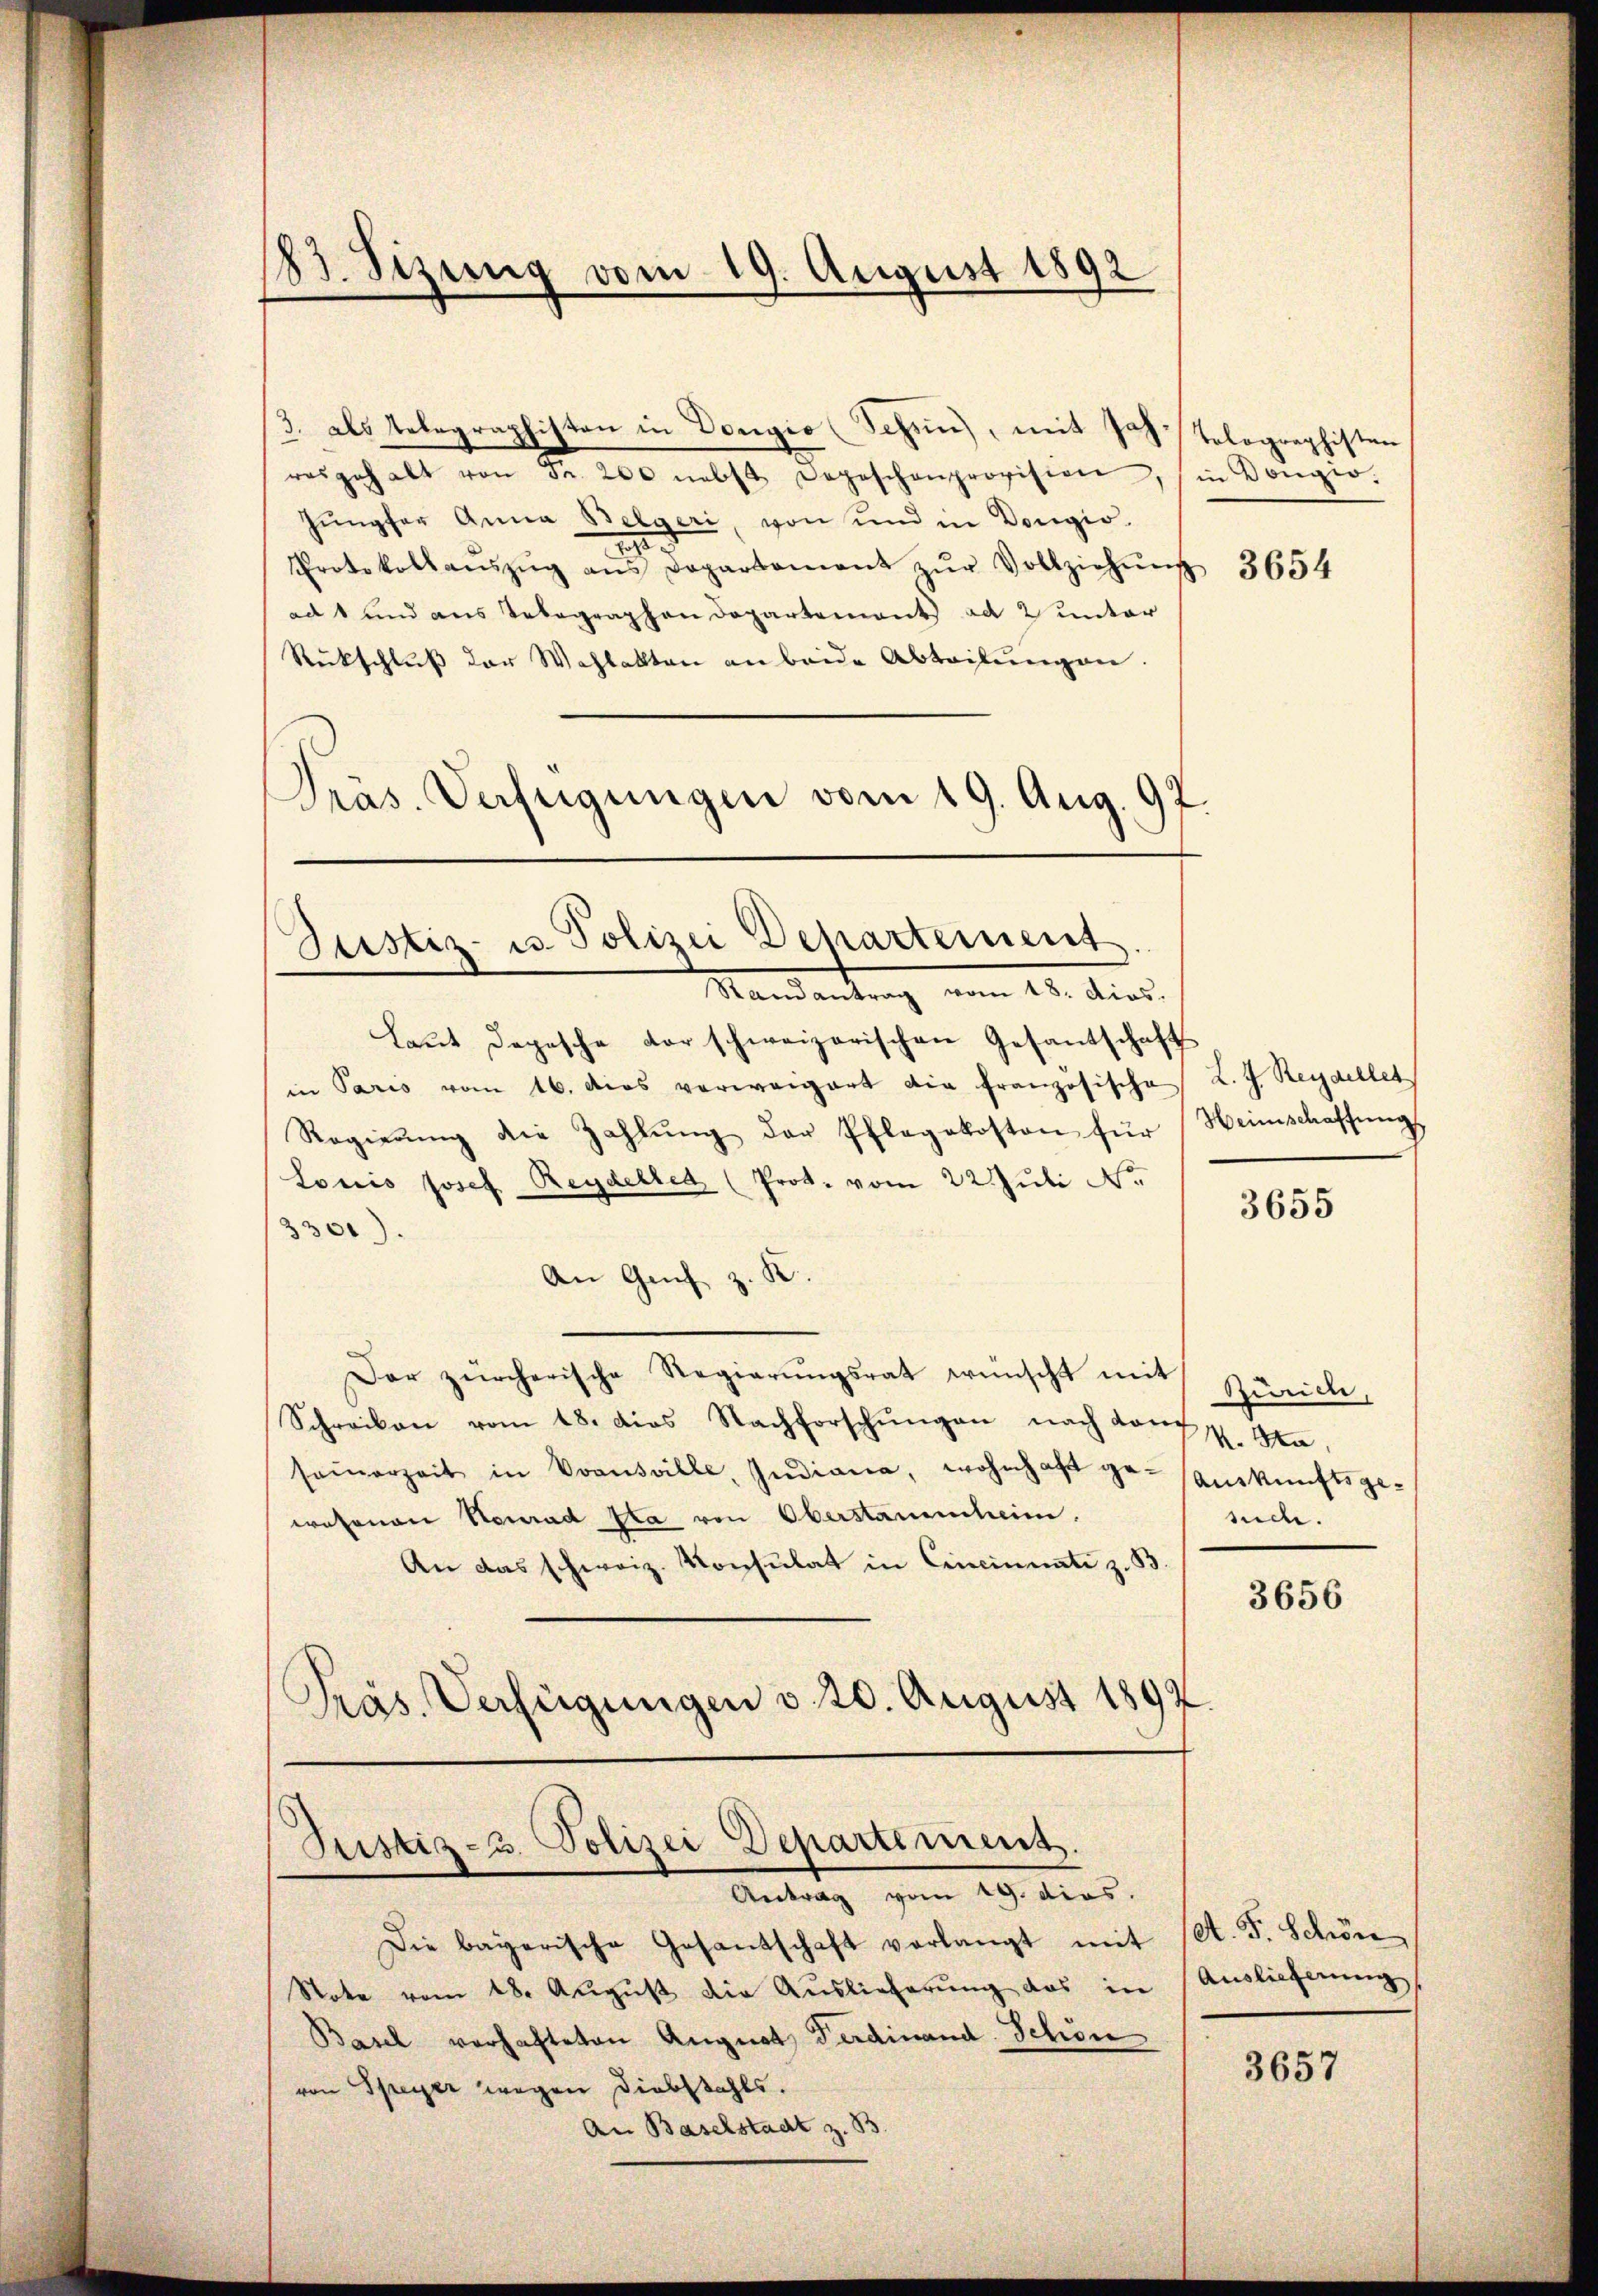
83. Sizung vom 19. August 1892

3. als Telegraphisten in Dongio (Schŭn), mit Stolographisten
resgehalt von Fr. 200 nebst Depeschenprovision, in Kongio.
Jungfer Anna Belgeri, von und in Vongio
.
.
Protokollaŭszŭg ans Departament zŭr Vollziehŭng 3654
ad 1 und aus Telegraphen Departement ad 2 unter
Rückschluß der Wahlakten an beide Abteilungen.
Präs. Verfügungen vom 19. Aug. 97.

Justiz- u. Polizei Departement

Justiz- u. Polizei Departement.

Mandantrag vom 20. dies
Laut Depesche der schweizerischen Gesantschafts
in Paris vom 16. Das verweigert die französische
Regierŭng die Zahlŭng der Pflegekosten für
Louis Josef Reydellet, (Prot. vom 22. Juli Nr.
3301).
An Genf z.
Der zürcherische Regierungsrat wünscht mit Zürich,
Schreiben vom 18. dies Nachforschŭngen nach dann p. Na-
samerzeit in Coonsville, Indiana, wohnhaft ge- (auskunftsge-
wesenen Neurad Sta von Oberstammheim.
An das schweiz. Konsulat in Cincinnate z. B.
Präs. Verfügungen v. 20. August 1892

Antrag vom 19. dies.
Die bayerische Gesantschaft verlangt mit
Stote vom 18. Aŭgŭst die Auslieferŭng das in
Basch vorhafteten August Ferdinand Schien
von Speyer wegen Diebstahls.
An Baselstadt z. S

L. J. Regalles
Heimschaffung

3655

such.

3656

A. F. Schön
Auslieferung

3657